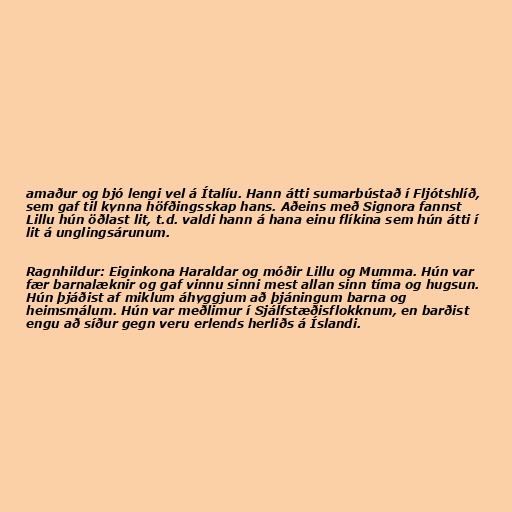
amaður og bjó lengi vel á Ítalíu. Hann átti sumarbústað í Fljótshlíð,
sem gaf til kynna höfðingsskap hans. Aðeins með Signora fannst
Lillu hún öðlast lit, t.d. valdi hann á hana einu flíkina sem hún átti í
lit á unglingsárunum.

Ragnhildur: Eiginkona Haraldar og móðir Lillu og Mumma. Hún var
fær barnalæknir og gaf vinnu sinni mest allan sinn tíma og hugsun.
Hún þjáðist af miklum áhyggjum að þjáningum barna og
heimsmálum. Hún var meðlimur í Sjálfstæðisflokknum, en barðist
engu að síður gegn veru erlends herliðs á Íslandi.